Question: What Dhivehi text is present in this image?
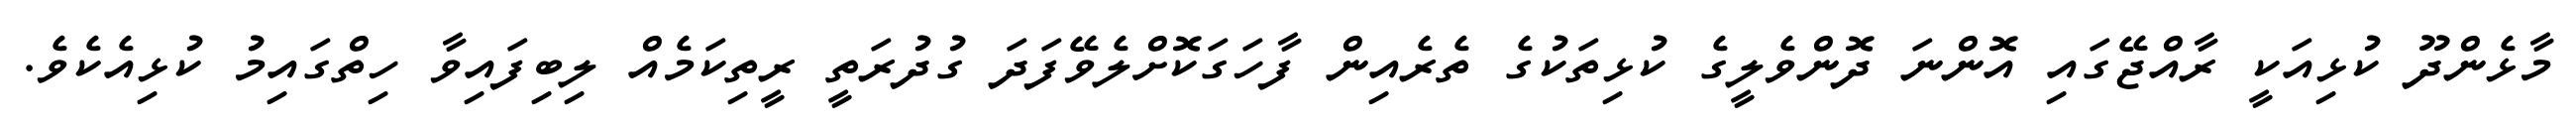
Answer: މާޅެންދޫ ކުޅިއަކީ ރާއްޖޭގައި އޮންނަ ދޮންވެލީގެ ކުޅިތަކުގެ ތެރެއިން ފާހަގަކޮށްލެވޭފަދަ ގުދުރަތީ ރީތިކަމެއް ލިބިފައިވާ ހިތްގައިމު ކުޅިއެކެވެ.